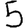
Digit: 5